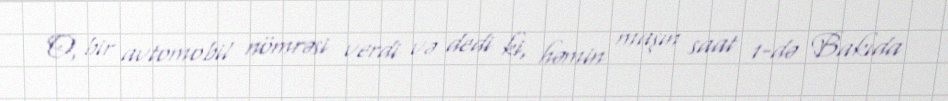
O, bir avtomobil nömrəsi verdi və dedi ki, həmin maşın saat 1-də Bakıda